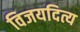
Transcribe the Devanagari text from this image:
विजयदित्य